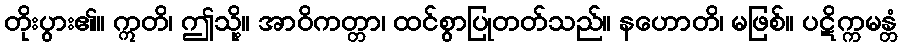
တိုးပွား၏။ ဣတိ၊ ဤသို့။ အာဝိကတ္တာ၊ ထင်စွာပြုတတ်သည်။ နဟောတိ၊ မဖြစ်။ ပဋိက္ကမန္တံ